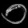
Digit: ၀